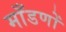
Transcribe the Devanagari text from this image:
माँडणों